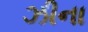
ઝીના